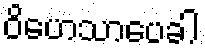
ဝိဟေသာပေခါ